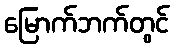
မြောက်ဘက်တွင်